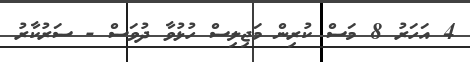
4 އަހަރު 8 މަސް ކުރިން މަޖިލިސް ހުޅުވާ ދުވަސް - ސަރުކާރު